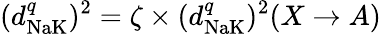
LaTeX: (d_{\textrm{NaK}}^{q})^{2}=\zeta\times(d_{\textrm{NaK}}^{q})^{2}(X\to A)